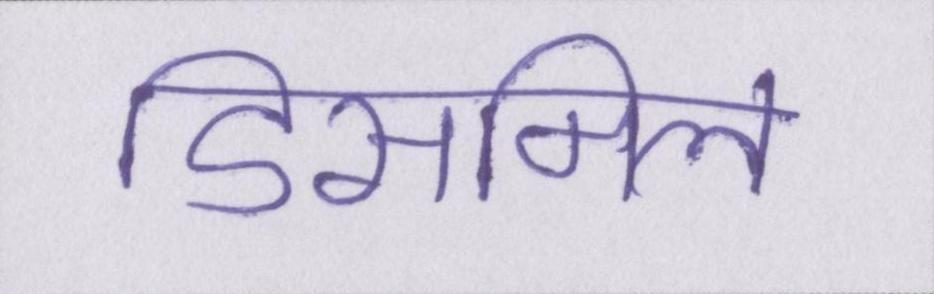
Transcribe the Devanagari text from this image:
डिसमिल